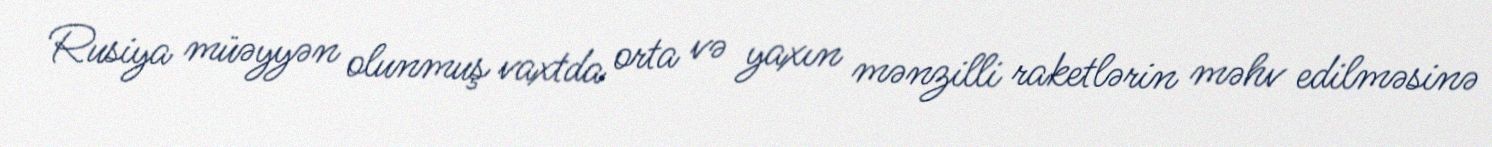
Rusiya müəyyən olunmuş vaxtda orta və yaxın mənzilli raketlərin məhv edilməsinə